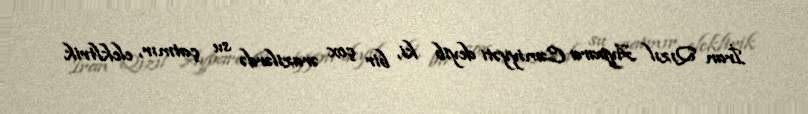
İran Qızıl Aypara Cəmiyyəti deyib ki, bir çox ərazilərdə su çatmır, elekltrik